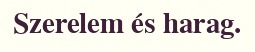
Szerelem és harag.